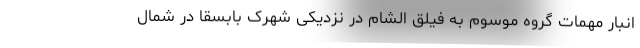
انبار مهمات گروه موسوم به فیلق الشام در نزدیکی شهرک بابسقا در شمال